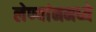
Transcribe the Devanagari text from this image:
लेण्यांनमध्ये